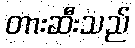
တားဆီးသည်